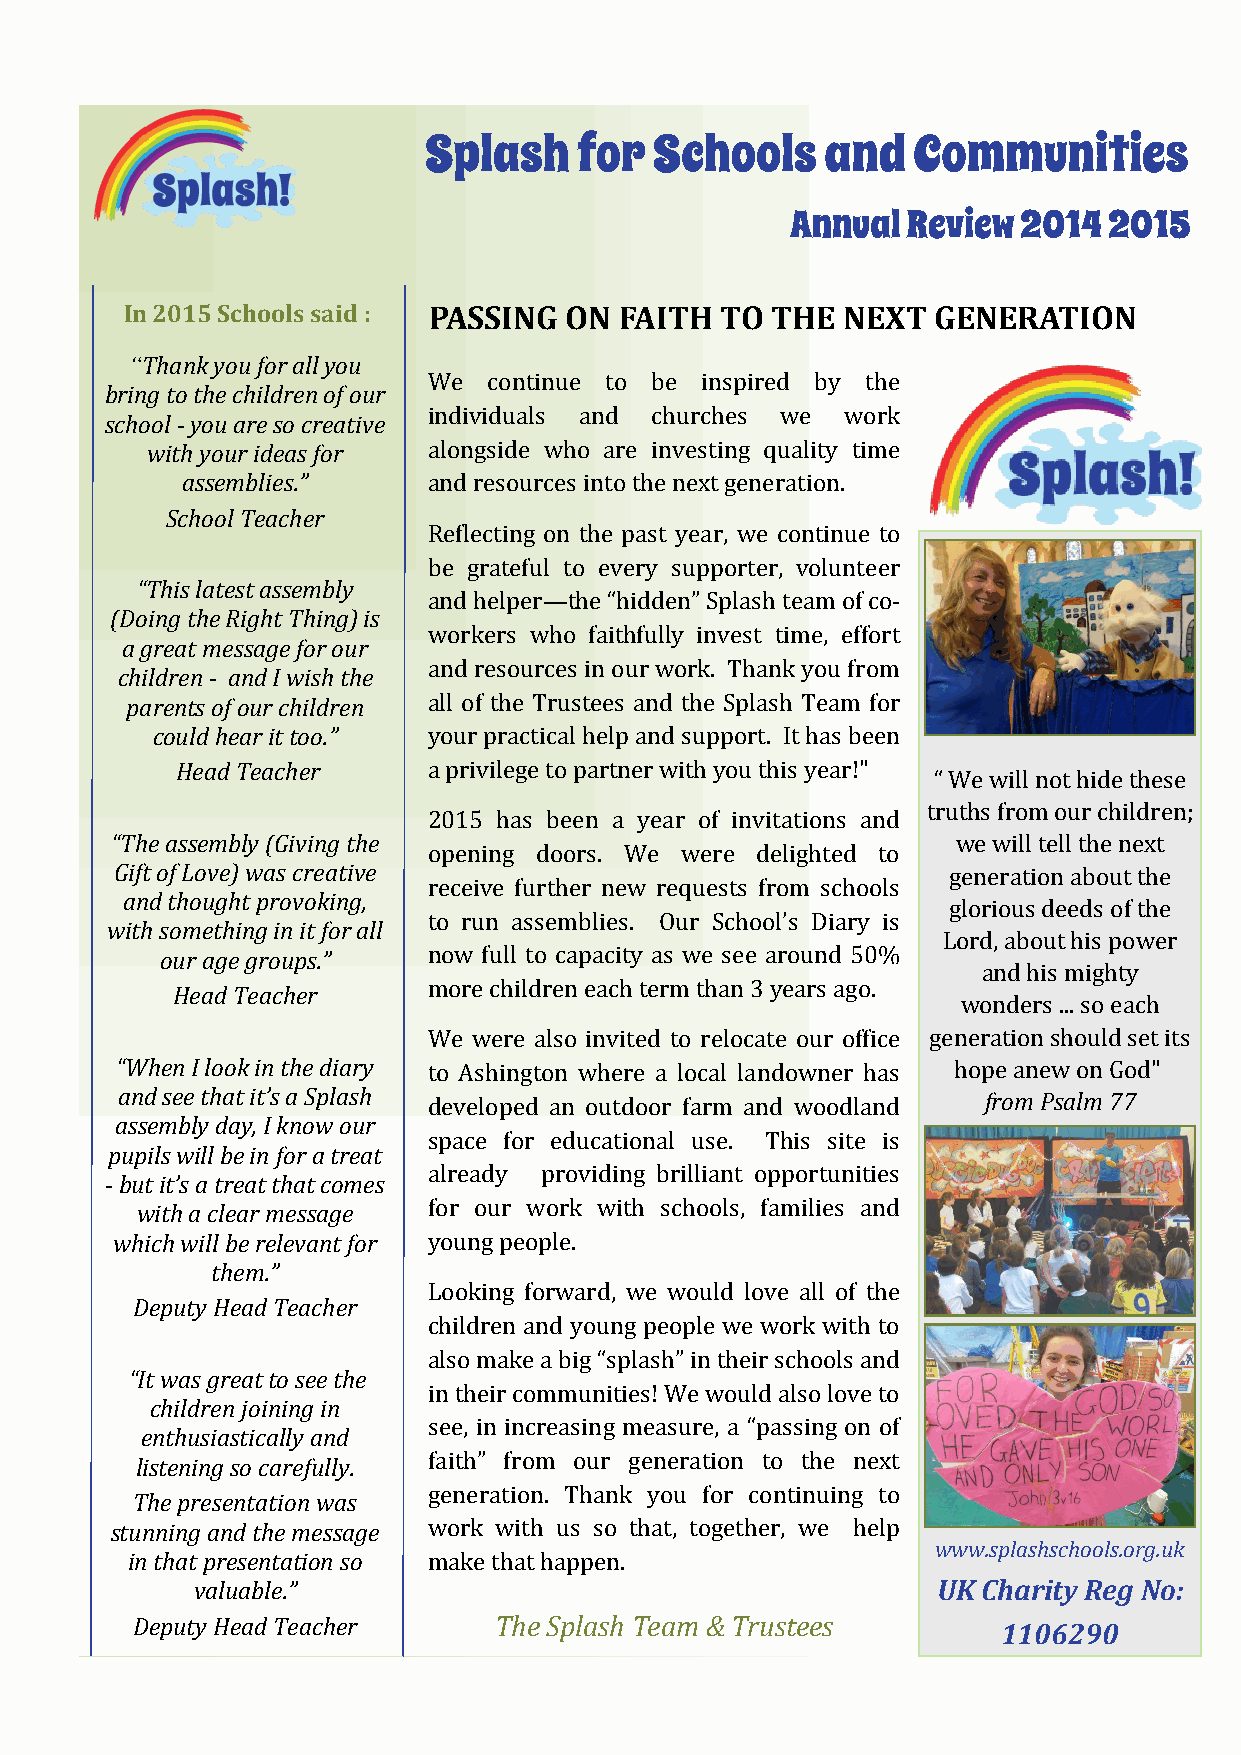
In 2015 Schools said : PASSING ON FAITH TO THE  NEXT  GENERATION
 “Thank you for all you
 We  continue to be inspired by the
 bring to the children of our
 individuals and churches we work
 school - you are so creative
 with your ideas for alongside who are investing quality time
 assemblies.”    and resources into the next generation.
 School Teacher
 Reflecting on the past year, we continue to
 be grateful to every supporter, volunteer
 “This latest assembly
 and helper—the “hidden” Splash team of co-
 (Doing the Right Thing) is
 workers who faithfully invest time, effort
 a great message for our
 and resources in our work. Thank you from
 children - and I wish the
 parents of our children all of the Trustees and the Splash Team for
 could hear it too.” your practical help and support. It has been
 Head Teacher    a privilege to partner with you this year!"
 “ We will not hide these
 truths from our children;
 2015 has been a year of invitations and
 “The assembly (Giving the                               we will tell the next
 opening doors. We were delighted to
 Gift of Love) was creative                             generation about the
 receive further new requests from schools
 and thought provoking,
 glorious deeds of the
 to run assemblies. Our School’s Diary is
 with something in it for all
 Lord, about his power
 our age groups.” now full to capacity as we see around 50%
 and his mighty
 more children each term than 3 years ago.
 Head Teacher
 wonders ... so each
 We were also invited to relocate our office generation should set its
 “When I look in the diary to Ashington where a local landowner has hope anew on God"
 and see that it’s a Splash developed an outdoor farm and woodland from Psalm 77
 assembly day, I know our
 space for educational use. This site is
 pupils will be in for a treat
 already providing brilliant opportunities
 - but it’s a treat that comes
 with a clear message for our work with schools, families and
 which will be relevant for young people.
 them.”
 Looking forward, we would love all of the
 Deputy Head Teacher
 children and young people we work with to
 also make a big “splash” in their schools and
 “It was great to see the
 in their communities! We would also love to
 children joining in
 see, in increasing measure, a “passing on of
 enthusiastically and
 faith” from our generation to the next
 listening so carefully.
 generation. Thank you for continuing to
 The presentation was
 stunning and the message work with us so that, together, we help
 www.splashschools.org.uk
 in that presentation so make that happen.
 valuable.”                                       UK Charity Reg No:
 Deputy Head Teacher     The Splash Team & Trustees       1106 290